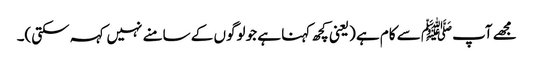
مجھے آپﷺ سے کام ہے (یعنی کچھ کہنا ہے جو لوگوں کے سامنے نہیں کہہ سکتی)۔